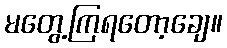
မတွေ့ကြရတော့ချေ။